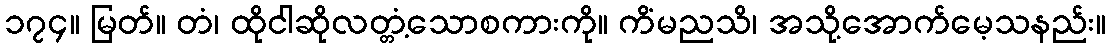
၁၇၄။ မြတ်။ တံ၊ ထိုငါဆိုလတ္တံ့သောစကားကို။ ကိံမညသိ၊ အသို့အောက်မေ့သနည်း။